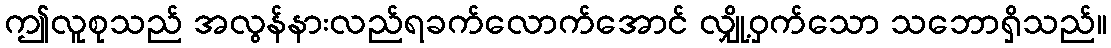
ဤလူစုသည် အလွန်နားလည်ရခက်လောက်အောင် လျှို့ဝှက်သော သဘောရှိသည်။